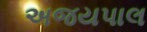
અજયપાલ